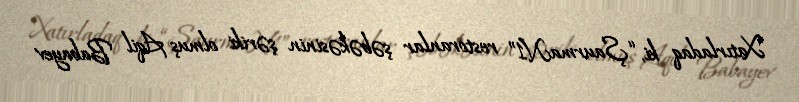
Xatırladaq ki, “ŞaurmaN1” restoranlar şəbəkəsinin şəriki olmuş Aqil Babayev